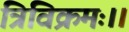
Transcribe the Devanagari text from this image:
त्रिविक्रमः।।